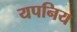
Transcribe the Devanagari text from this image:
यपनिय